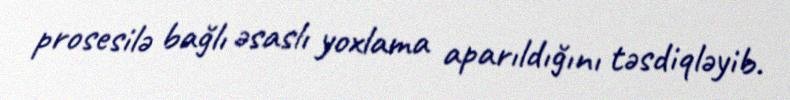
prosesilə bağlı əsaslı yoxlama aparıldığını təsdiqləyib.